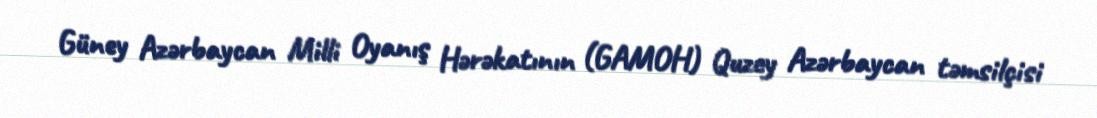
Güney Azərbaycan Milli Oyanış Hərəkatının (GAMOH) Quzey Azərbaycan təmsilçisi